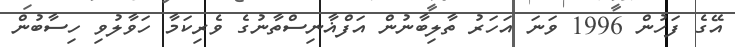
އޭގެ ފަހުން 1996 ވަނަ އަހަރު ތާލިބާނުން އަފްޣާނިސްތާނުގެ ވެރިކަމާ ހަވާލުވި ހިސާބުން